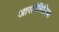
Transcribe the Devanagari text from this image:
आरटीमिज़िया